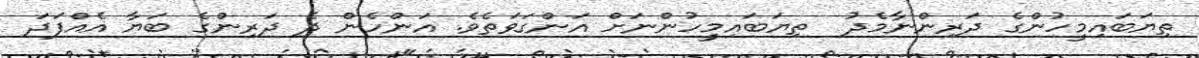
ތިޔަބައިމީހުންގެ ދަރިންނާމެދު  ތިޔަބައިމީހުންނަށް އަންގަވަތެވެ. އަންހެން ދެ ދަރިންގެ ބަޔާ އެއްފަދަ